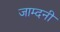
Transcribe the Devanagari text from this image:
जाम्दनी